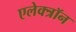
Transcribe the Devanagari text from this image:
एलेक्त्रॉन